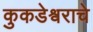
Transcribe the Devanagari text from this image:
कुकडेश्वराचे